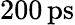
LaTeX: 200\, \mathrm{ps}